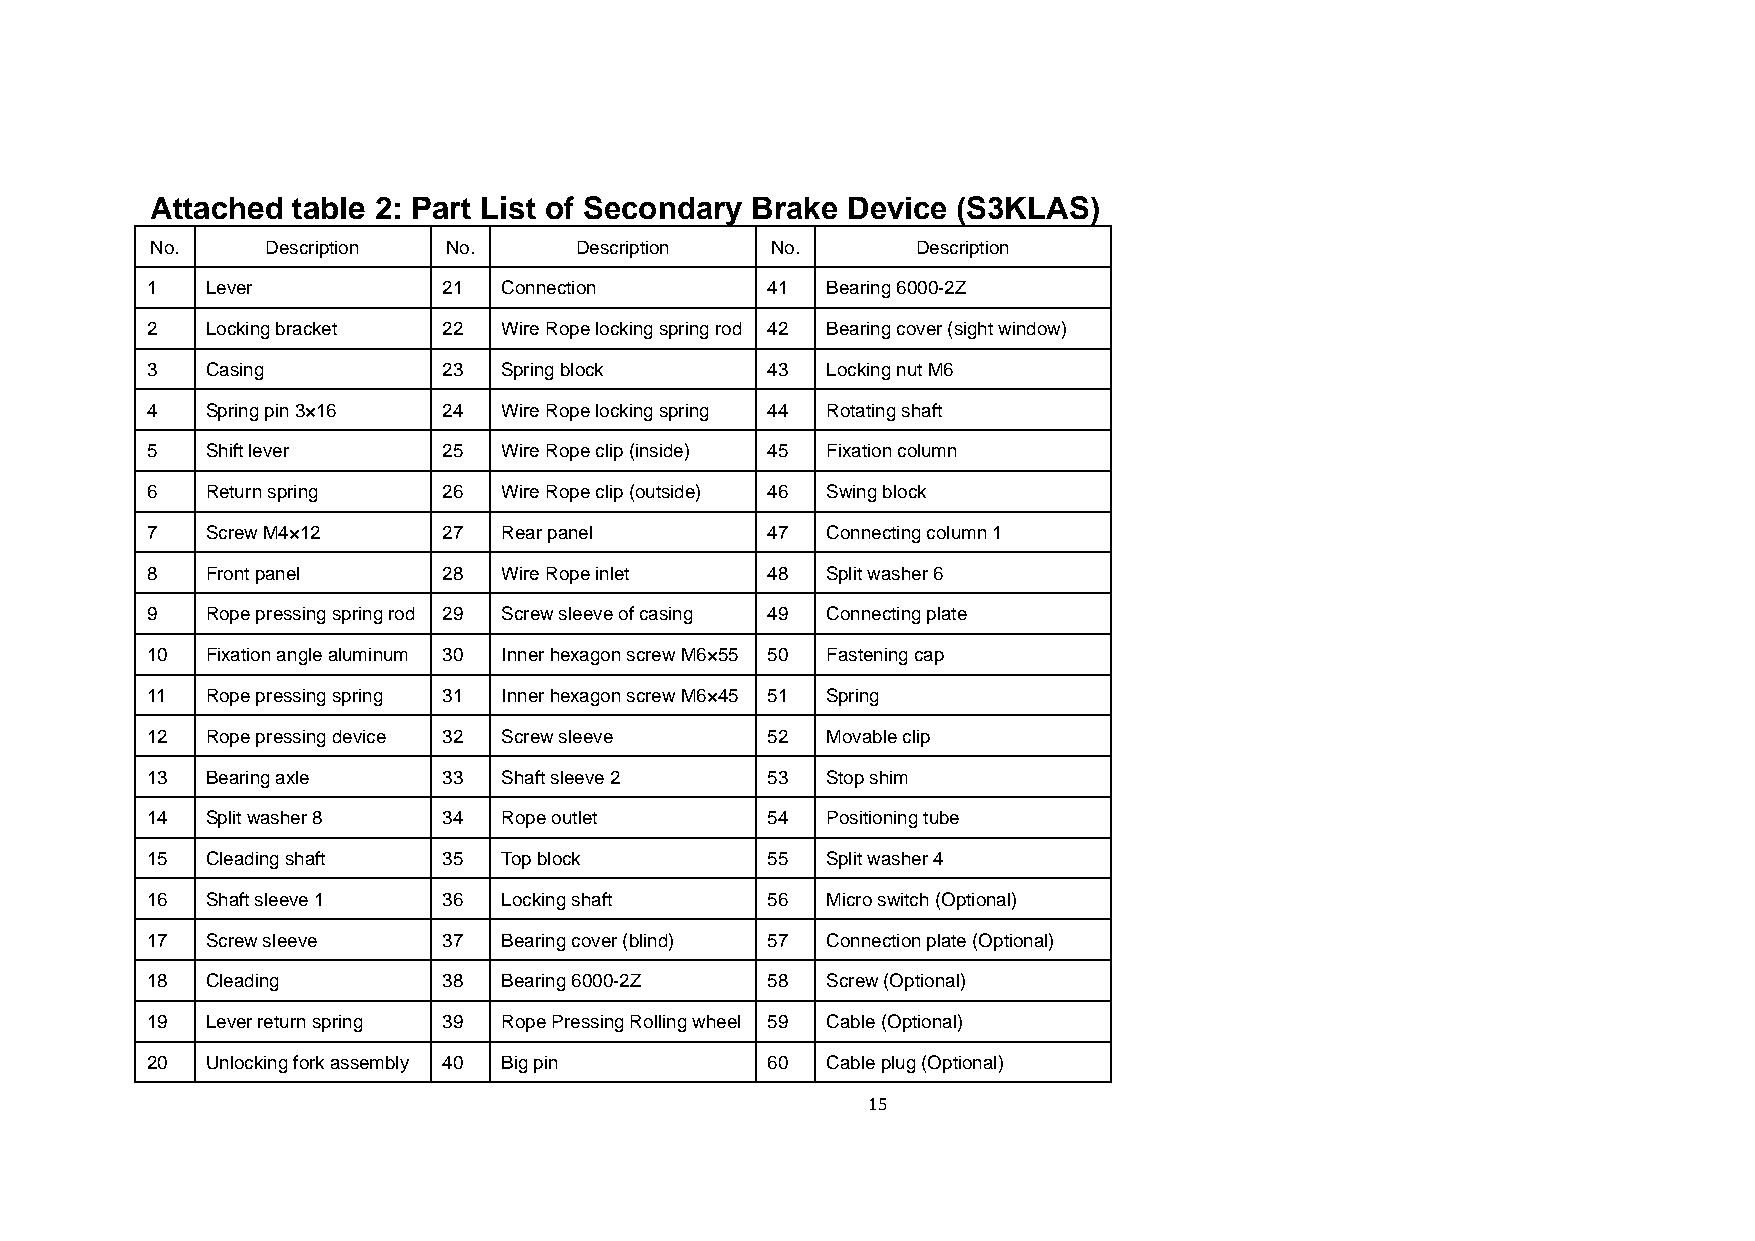
Attached table 2: Part List of Secondary Brake Device (S3KLAS)
 No.     Description No.     Description  No.       Description
 1   Lever          21  Connection        41  Bearing 6000-2Z
 2   Locking bracket 22 Wire Rope locking spring rod 42 Bearing cover (sight window)
 3   Casing         23  Spring block      43  Locking nut M6
 4   Spring pin 3×16 24 Wire Rope locking spring 44 Rotating shaft
 5   Shift lever    25  Wire Rope clip (inside) 45 Fixation column
 6   Return spring  26  Wire Rope clip (outside) 46 Swing block
 7   Screw M4×12    27  Rear panel        47  Connecting column 1
 8   Front panel    28  Wire Rope inlet   48  Split washer 6
 9   Rope pressing spring rod 29 Screw sleeve of casing 49 Connecting plate
 10  Fixation angle aluminum 30 Inner hexagon screw M6×55 50 Fastening cap
 11  Rope pressing spring 31 Inner hexagon screw M6×45 51 Spring
 12  Rope pressing device 32 Screw sleeve 52  Movable clip
 13  Bearing axle   33  Shaft sleeve 2    53  Stop shim
 14  Split washer 8 34  Rope outlet       54  Positioning tube
 15  Cleading shaft 35  Top block         55  Split washer 4
 16  Shaft sleeve 1 36  Locking shaft     56  Micro switch (Optional)
 17  Screw sleeve   37  Bearing cover (blind) 57 Connection plate (Optional)
 18  Cleading       38  Bearing 6000-2Z   58  Screw (Optional)
 19  Lever return spring 39 Rope Pressing Rolling wheel 59 Cable (Optional)
 20  Unlocking fork assembly 40 Big pin   60  Cable plug (Optional)
 15